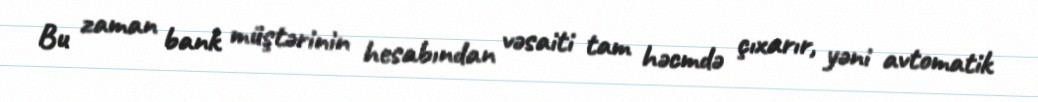
Bu zaman bank müştərinin hesabından vəsaiti tam həcmdə çıxarır, yəni avtomatik